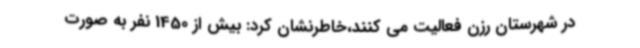
در شهرستان رزن فعالیت می کنند،خاطرنشان کرد: بیش از 1450 نفر به صورت